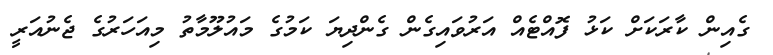
ގެއިން ކާރަކަށް ކަޅު ފޮއްޓެއް އަރުވައިގެން ގެންދިޔަ ކަމުގެ މައުލޫމާތު މިއަހަރުގެ ޖެނުއަރީ